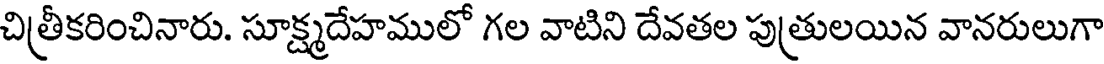
చిత్రీకరించినారు. సూక్ష్మదేహములో గల వాటిని దేవతల పుత్రులయిన వానరులుగా